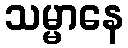
သမ္မာနေ